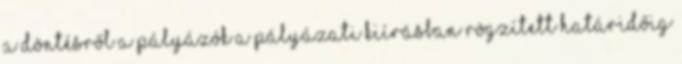
A döntésről a pályázók a pályázati kiírásban rögzített határidőig